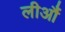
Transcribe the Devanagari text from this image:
लीऔं